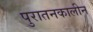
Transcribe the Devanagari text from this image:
पुरातनकालीन